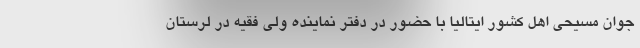
جوان مسیحی اهل کشور ایتالیا با حضور در دفتر نماینده ولی فقیه در لرستان